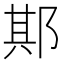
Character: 𨛺